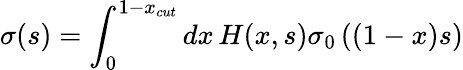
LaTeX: \sigma(s)=\int_{0}^{1-x_{cut}}dx\, H(x,s)\sigma_{0}\left((1-x)s\right)